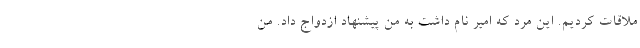
ملاقات کردیم. این مرد که امیر نام داشت به من پیشنهاد ازدواج داد. من